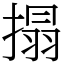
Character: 搨